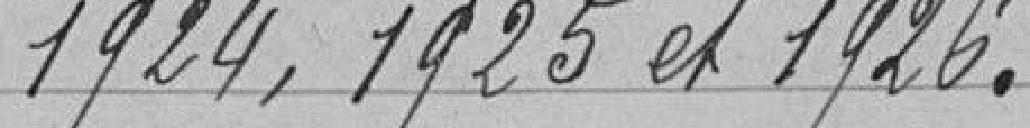
1924, 1925 et 1926